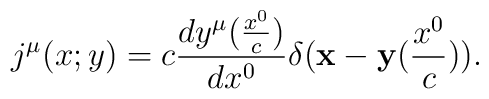
j^{\mu }(x;y) = c\frac{dy^{\mu }(\frac{x^{0}}{c})}{dx^{0}}\delta ({\bf x} - {\bf y}(\frac{x^{0}}{c})).